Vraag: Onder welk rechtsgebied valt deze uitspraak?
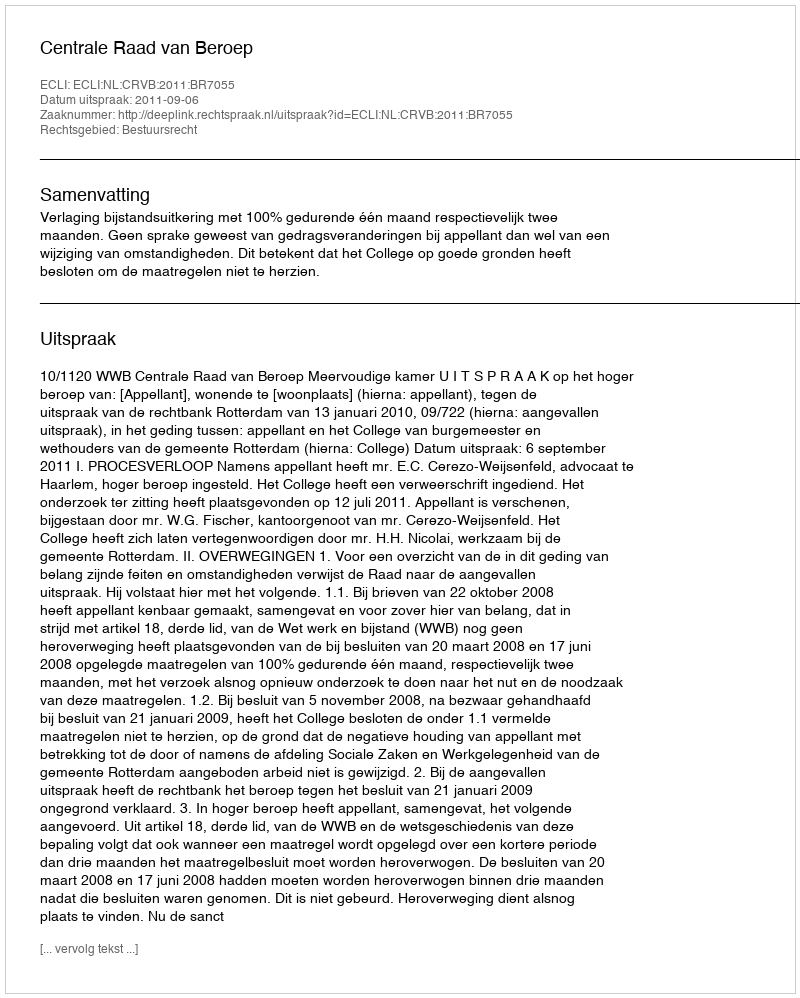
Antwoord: Bestuursrecht